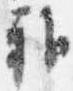
雅